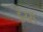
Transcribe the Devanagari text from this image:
डेय्स